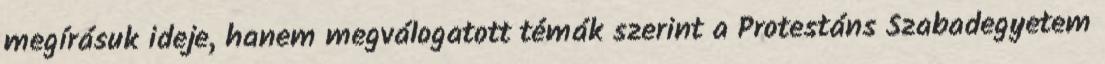
megírásuk ideje, hanem megválogatott témák szerint a Protestáns Szabadegyetem